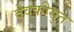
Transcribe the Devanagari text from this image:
देवकीसुत